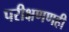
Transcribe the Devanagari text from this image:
परीक्षणणही